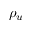
\rho _ { u }